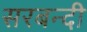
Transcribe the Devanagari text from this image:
सरबन्दी